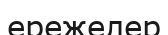
ережелер